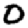
Digit: 0